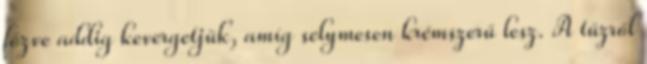
főzve addig kevergetjük, amíg selymesen krémszerű lesz. A tűzről